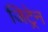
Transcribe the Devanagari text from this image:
जिट्रेन